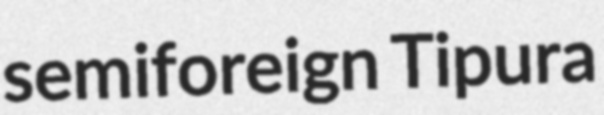
semiforeign Tipura